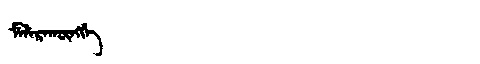
Manchu: ᠮᡝᠯᡝᡵᠠᡴᡡᠩᡤᡝ
Romanization: MELERAKŪNGGE